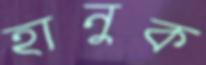
হানুক